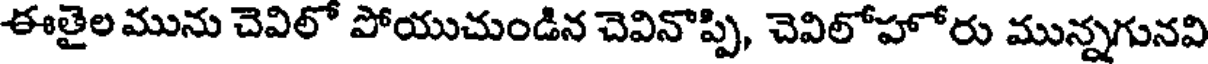
ఈతైల మును చెవిలో పోయుచుండిన చెవినొప్పి, చెవిలోహోరు మున్నగునవి